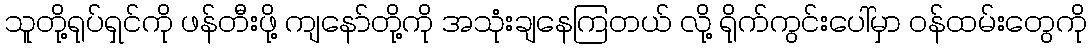
သူတို့ရုပ်ရှင်ကို ဖန်တီးဖို့ ကျနော်တို့ကို အသုံးချနေကြတယ် လို့ ရိုက်ကွင်းပေါ်မှာ ဝန်ထမ်းတွေကို